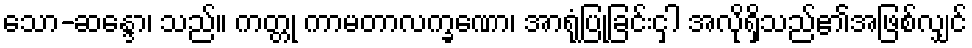
သော-ဆန္ဒော၊ သည်။ ကတ္တု ကာမတာလက္ခဏော၊ အာရုံပြုခြင်းငှါ အလိုရှိသည်၏အဖြစ်လျှင်